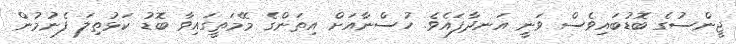
ޖީންސުގެ ބޮޑުބައިވެސް ވަނީ އަނދާފައެވެ. ހުސްނާއަށް އިތަންގެ މޭމަތީގައިވާ ބޮޑު ކަޅުތިލަ ފެނުމުން